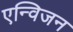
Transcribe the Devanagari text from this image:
एन्विजन